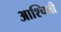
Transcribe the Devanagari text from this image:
आश्चिनी